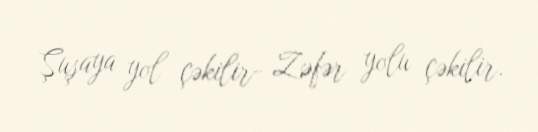
Şuşaya yol çəkilir- Zəfər yolu çəkilir.